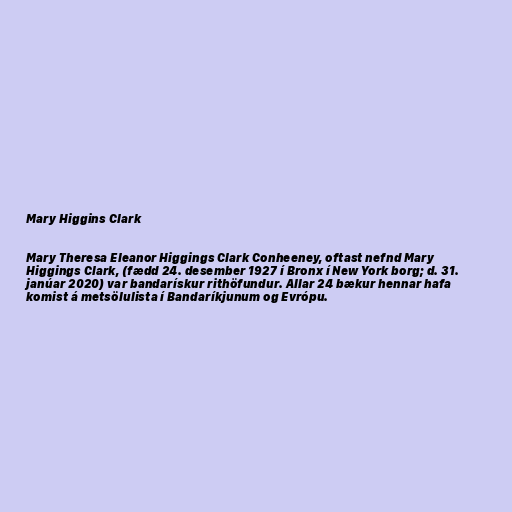
Mary Higgins Clark

Mary Theresa Eleanor Higgings Clark Conheeney, oftast nefnd Mary
Higgings Clark, (fædd 24. desember 1927 í Bronx í New York borg; d. 31.
janúar 2020) var bandarískur rithöfundur. Allar 24 bækur hennar hafa
komist á metsölulista í Bandaríkjunum og Evrópu.